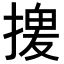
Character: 𢱻